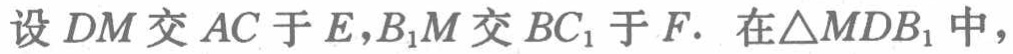
设 \(DM\) 交 \(AC\) 于 \(E\)，\(B_{1}M\) 交 \(BC_{1}\) 于 \(F\). 在\(\triangle MDB_{1}\)中，